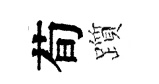
荀躓